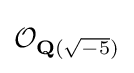
{\mathcal {O}}_{\mathbf {Q} ({\sqrt {-5}})}